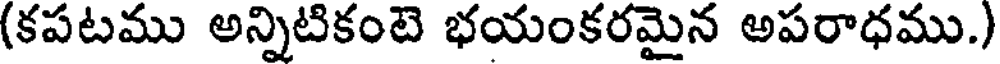
(కపటము అన్నిటికంటె భయంకరమైన అపరాధము.)